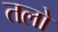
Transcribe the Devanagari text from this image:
तलो